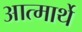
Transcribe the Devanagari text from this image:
आत्मार्थे